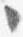
々